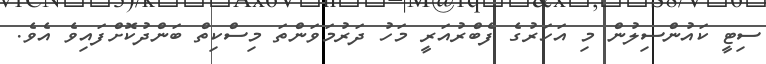
ސިޓީ ކައުންސިލުން މި އަހަރުގެ ފެބްރުއަރީ މަހު ދަރުމަވަންތަ މިސްކިތް ބަންދުކޮށްފައިވެ އެވެ.